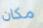
مكان